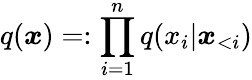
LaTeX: q(\boldsymbol x)=:\prod_{i=1}^{n}q(x_{i}|\boldsymbol x_{<{i}})